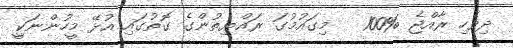
ދިވެހި ރާއްޖެ %100   މިގައުމުގަ ރައްޔިތުންގެ ގޮތުގައި އުޅޭ މީހުންނަކިީ